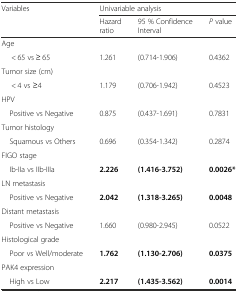
<table><thead><tr><td rowspan="2"><b>Variables</b></td><td colspan="3"><b>Univariable analysis</b></td></tr><tr><td><b>Hazard ratio</b></td><td><b>95 % Confidence Interval</b></td><td><b><i>P</i> value</b></td></tr></thead><tbody><tr><td>Age</td><td></td><td></td><td></td></tr><tr><td>&lt; 65 vs ≥ 65</td><td>1.261</td><td>(0.714-1.906)</td><td>0.4362</td></tr><tr><td>Tumor size (cm)</td><td></td><td></td><td></td></tr><tr><td>&lt; 4 vs ≥4</td><td>1.179</td><td>(0.706-1.942)</td><td>0.4523</td></tr><tr><td>HPV</td><td></td><td></td><td></td></tr><tr><td> Positive vs Negative</td><td>0.875</td><td>(0.437-1.691)</td><td>0.7831</td></tr><tr><td>Tumor histology</td><td></td><td></td><td></td></tr><tr><td> Squamous vs Others</td><td>0.696</td><td>(0.354-1.342)</td><td>0.2874</td></tr><tr><td>FIGO stage</td><td></td><td></td><td></td></tr><tr><td> Ib-IIa vs IIb-IIIa</td><td><b>2.226</b></td><td><b>(1.416-3.752)</b></td><td><b>0.0026*</b></td></tr><tr><td>LN metastasis</td><td></td><td></td><td></td></tr><tr><td> Positive vs Negative</td><td><b>2.042</b></td><td><b>(1.318-3.265)</b></td><td><b>0.0048</b></td></tr><tr><td>Distant metastasis</td><td></td><td></td><td></td></tr><tr><td> Positive vs Negative</td><td>1.660</td><td>(0.980-2.945)</td><td>0.0522</td></tr><tr><td>Histological grade</td><td></td><td></td><td></td></tr><tr><td> Poor vs Well/moderate</td><td><b>1.762</b></td><td><b>(1.130-2.706)</b></td><td><b>0.0375</b></td></tr><tr><td>PAK4 expression</td><td></td><td></td><td></td></tr><tr><td> High vs Low</td><td><b>2.217</b></td><td><b>(1.435-3.562)</b></td><td><b>0.0014</b></td></tr></tbody></table>